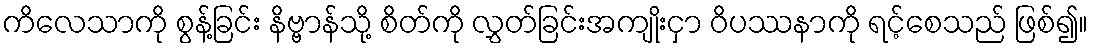
ကိလေသာကို စွန့်ခြင်း နိဗ္ဗာန်သို့ စိတ်ကို လွှတ်ခြင်းအကျိုးငှာ ဝိပဿနာကို ရင့်စေသည် ဖြစ်၍။